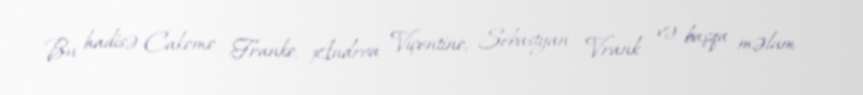
Bu hadisə Cakomo Franko, Andrea Viçentino, Sebastyan Vrank və başqa məlum